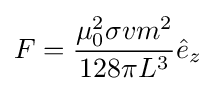
F={\frac {\mu _{0}^{2}\sigma vm^{2}}{128\pi L^{3}}}{\hat {e}}_{z}